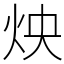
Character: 炴